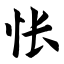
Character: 怅